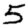
Digit: 5